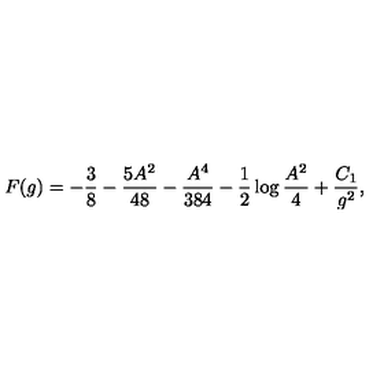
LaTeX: F ( g ) = - \frac { 3 } { 8 } - \frac { 5 A ^ { 2 } } { 4 8 } - \frac { A ^ { 4 } } { 3 8 4 } - \frac { 1 } { 2 } \log \frac { A ^ { 2 } } { 4 } + \frac { C _ { 1 } } { g ^ { 2 } } ,